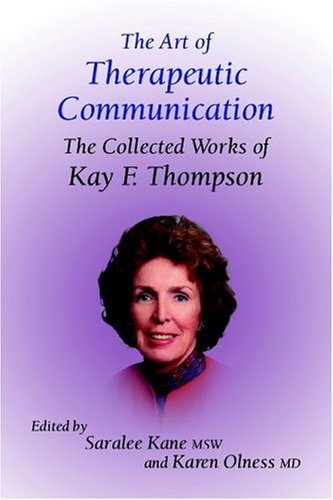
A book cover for The Art of Therapeutic Communication: The Collected Works of Kay Thompson; Saralee Kane; Health, Fitness & Dieting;